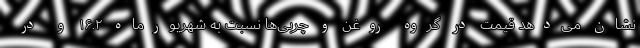
نشان می‌دهد قیمت در گروه روغن و چربی‌ها نسبت به شهریورماه ۱۶.۲ و در